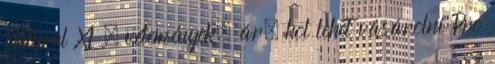
Natural XL – vélemények, ár, hol lehet vásárolni Pro